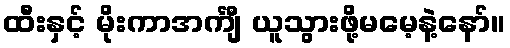
ထီးနှင့် မိုးကာအင်္ကျီ ယူသွားဖို့မမေ့နဲ့နော်။